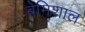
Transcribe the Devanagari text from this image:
बेमिशाल